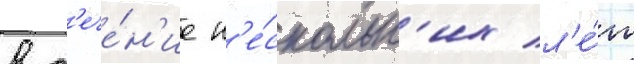
в т'ече́н'ие н'е́скольк'их л'е́т